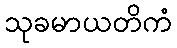
သုခမာယတိကံ